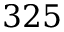
3 2 5